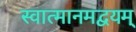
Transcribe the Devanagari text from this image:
स्वात्मानमद्वयम्